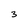
Character: 3